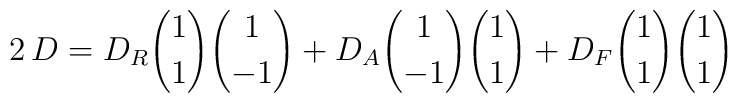
2\,D = D_R {1\choose 1}{1\choose -1}         + D_A {1\choose -1}{1\choose 1}         + D_F {1\choose 1}{1\choose 1}